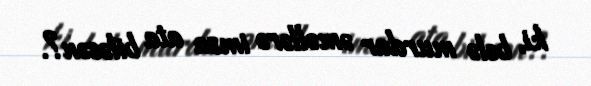
ki, belə murdar əməllərə imza ata biləsən?.